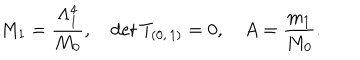
M _ { 1 } = \frac { \Lambda _ { 1 } ^ { 4 } } { M _ { 0 } } , \quad \mathrm { d e t } \, T _ { ( 0 , \, 1 ) } = 0 , \quad A = \frac { m _ { 1 } } { M _ { 0 } } .